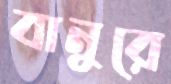
বানুরে